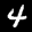
Label: 4